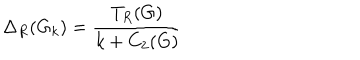
\Delta _ { R } ( G _ { k } ) = \frac { T _ { R } ( G ) } { k + C _ { 2 } ( G ) }